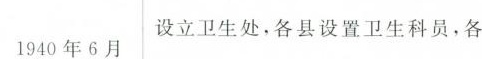
1940年6月 设立卫生处，各县设置卫生科员，各